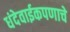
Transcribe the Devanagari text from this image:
धंदेवाईकपणाचे